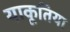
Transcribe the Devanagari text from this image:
याकूतिया